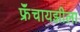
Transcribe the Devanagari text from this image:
फ्रॅंचायझीला